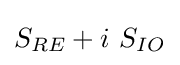
S_{RE}+i\ S_{IO}